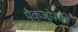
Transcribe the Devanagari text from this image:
पैकजोस्की